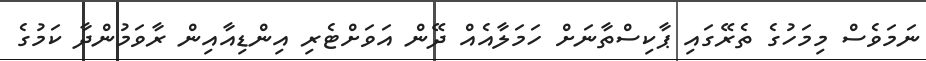
ނަމަވެސް މިމަހުގެ ތެރޭގައި ޕާކިސްތާނަށް ހަމަލާއެއް ދޭން އަވަށްޓެރި އިންޑިއާއިން ރާވަމުންދާ ކަމުގެ